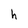
Character: h